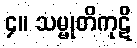
၄။ သမ္မုတိကုဋိ